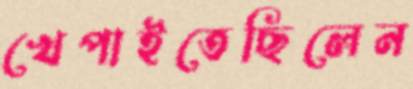
খেপাইতেছিলেন